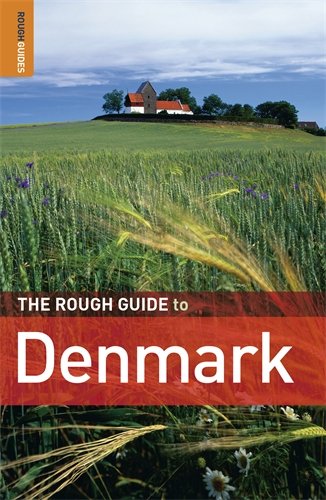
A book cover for The Rough Guide to Denmark; Lone Mouritsen; Travel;